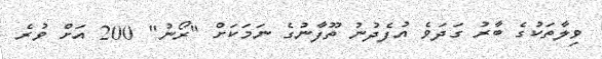
ވިލާތަކުގެ ބާރު ގަދަވެ އުފެދުނު ތޫފާނުގެ ނަމަކަށް "ރޯނު" 200 އަށް ވުރެ